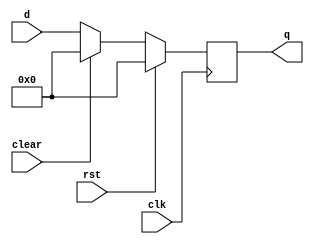
`timescale 1ns / 1ps
//////////////////////////////////////////////////////////////////////////////////
// Company: 
// Engineer: 
// 
// Design Name: 
// Module Name: floprc
// Project Name: 
// Target Devices: 
// Tool Versions: 
// Description: 
// 
// Dependencies: 
// 
// Revision:
// Revision 0.01 - File Created
// Additional Comments:
// 
//////////////////////////////////////////////////////////////////////////////////


module floprc #(parameter WIDTH = 8)(
	input wire clk,rst,clear,
	input wire[WIDTH-1:0] d,
	output reg[WIDTH-1:0] q
    );

	always @(posedge clk) begin
		if(rst) begin
			q <= 0;
		end else if (clear)begin
			q <= 0;
		end else begin 
			q <= d;
		end
	end
endmodule